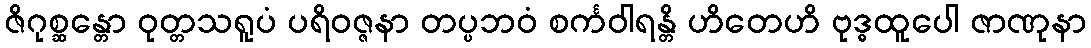
ဇိဂုစ္ဆန္တော ဝုတ္တသရူပံ ပရိဝဇ္ဇနာ တပ္ပဘဝံ စင်္ကဝါရန္တိ ဟိတေဟိ ဗုဒ္ဓထူပေါ ဇာဏုနာ